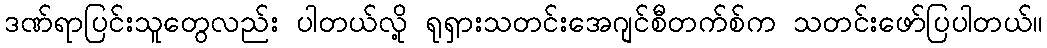
ဒဏ်ရာပြင်းသူတွေလည်း ပါတယ်လို့ ရုရှားသတင်းအေဂျင်စီတက်စ်က သတင်းဖော်ပြပါတယ်။